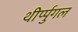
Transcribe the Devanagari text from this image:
थीर्प्पुगल